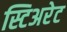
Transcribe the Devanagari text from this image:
स्टिअरेट